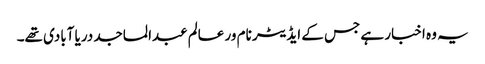
یہ وہ اخبار ہے جس کے ایڈیٹر نام ور عالم عبدالماجد دریا آبادی تھے۔